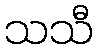
သသီ